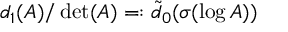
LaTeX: d _ { 1 } ( A ) / \operatorname * { d e t } ( A ) = : \tilde { d } _ { 0 } ( \sigma ( \log A ) )